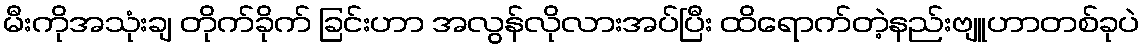
မီးကိုအသုံးချ တိုက်ခိုက် ခြင်းဟာ အလွန်လိုလားအပ်ပြီး ထိရောက်တဲ့နည်းဗျူဟာတစ်ခုပဲ